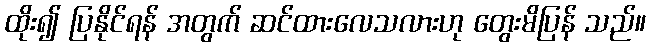
ထိုး၍ ပြနိုင်ရန် အတွက် ဆင်ထားလေသလားဟု တွေးမိပြန် သည်။